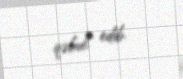
qəbul edib.